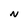
Character: N